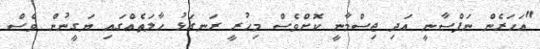
"އަހަރެން ނަފްސާނީ އަދި ޖިސްމާނީ ކޮށްވެސް މިހުރީ ރަނގަޅު ހާލަތެއްގައި ޔަގީނުން ވެސް